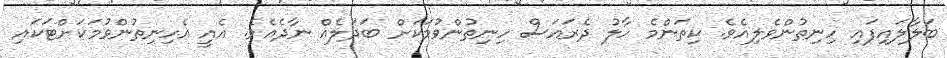
ބަލާލައިފައި ހިނިތުންވެލިއެވެ. ކިތަންމެ ހާލު ދެރައަސް ހިނިތުންވުމަކަށް ބަދަލެއް ނާދެއެވެ. އެއީ އެހިނިތުންވުމަކަށްޓަކައި